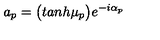
a _ { p } = \bigl ( t a n h \mu _ { p } \bigr ) e ^ { - i \alpha _ { p } }